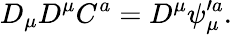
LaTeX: D_{\mu}D^{\mu}C^{a}=D^{\mu}\psi_{\mu}^{\prime a}.